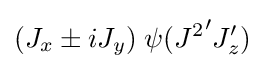
(J_{x}\pm iJ_{y})\;\psi ({J^{2}}'J_{z}')